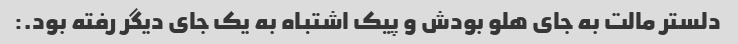
دلستر مالت به جای هلو بودش و پیک اشتباه به یک جای دیگر رفته بود.: